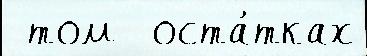
 том  оста́тках